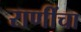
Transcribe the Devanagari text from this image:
राणींचा